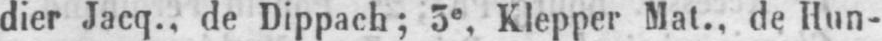
dier Jacq., de Dippach; 3e Klepper Mat., de Hun-